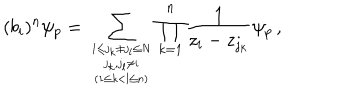
LaTeX: ( b _ { i } ) ^ { n } \psi _ { p } = \sum _ { { { 1 \leq j _ { k } \neq j _ { l } \leq N \atop j _ { k } , j _ { l } \neq i } \atop ( 1 \leq k < l \leq n ) } } \prod _ { k = 1 } ^ { n } \frac { 1 } { z _ { i } - z _ { j _ { k } } } \psi _ { p } \, ,